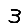
Digit: 3